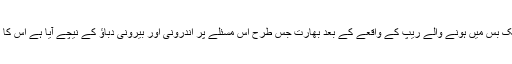
21 دسمبر 2012 دہلی میں ایک بس میں ہونے والے ریپ کے واقعے کے بعد بھارت جس طرح اس مسئلے پر اندرونی اور بیرونی دباؤ کے نیچے آیا ہے اس کا کوئی سوچ بھی نہیں سکتا تھا ۔